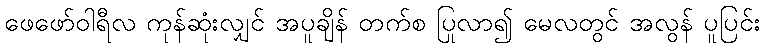
ဖေဖော်ဝါရီလ ကုန်ဆုံးလျှင် အပူချိန် တက်စ ပြုလာ၍ မေလတွင် အလွန် ပူပြင်း